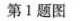
第1题图